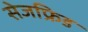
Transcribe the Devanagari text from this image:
सेजफ्रिड